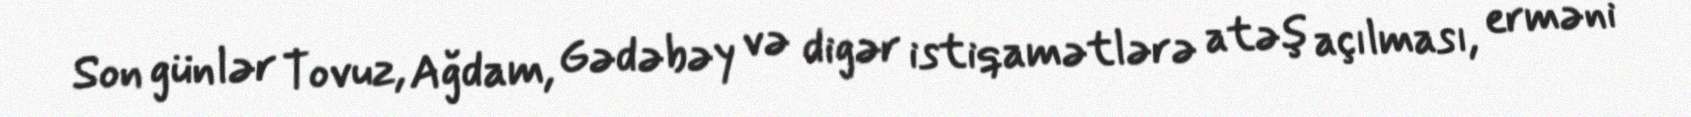
Son günlər Tovuz, Ağdam, Gədəbəy və digər istiqamətlərə atəş açılması, erməni